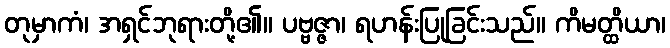
တုမှာကံ၊ အရှင်ဘုရားတို့၏။ ပဗ္ဗဇ္ဇာ၊ ရဟန်းပြုခြင်းသည်။ ကိမတ္ထိယာ၊